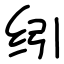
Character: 纼